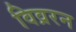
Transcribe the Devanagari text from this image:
विव्ररन